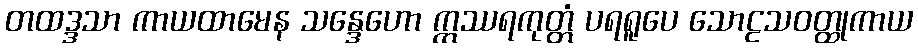
တထဒ္ဒသာ ကာယထာမေန သန္ဒေဟော ဣဿရကုတ္တံ ပရရူပေ သောဠသဝတ္ထုကာယ